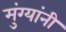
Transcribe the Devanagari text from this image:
मुंग्यांनी